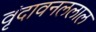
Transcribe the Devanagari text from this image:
वृंदावनललाल